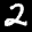
Label: 2